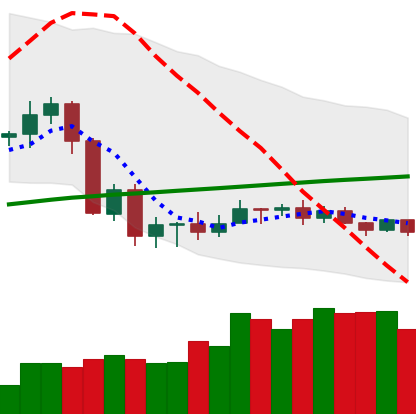
Ticker: ADA-USD
Chart end date: 2020-09-18
Forward return: -15.72%
Label: down_7plus